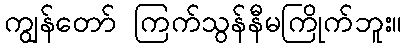
ကျွန်တော် ကြက်သွန်နီမကြိုက်ဘူး။